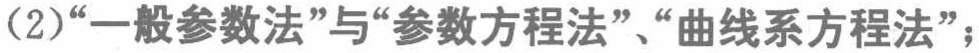
(2)“一般参数法”与“参数方程法”、“曲线系方程法”；